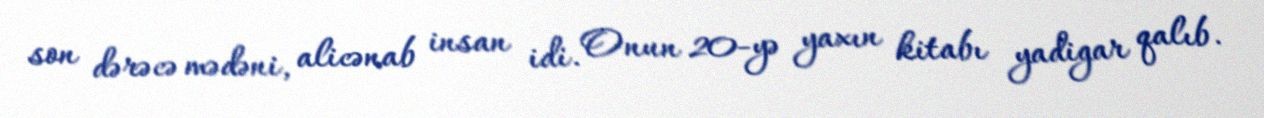
son dərəcə mədəni, alicənab insan idi. Onun 20-yə yaxın kitabı yadigar qalıb.